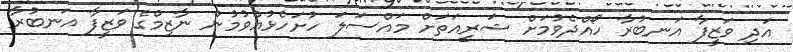
އަދި ވަޒީފާ އަނބުރާ ހޯއްދެވުމަށް ޝަރީއަތަށް މައްސަލަ ހުށަހެޅުއްވުމުން ނާޒިމްގެ ވަޒީފާ އަނބުރާ